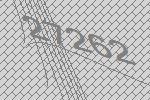
27262